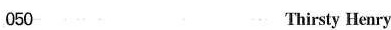
050 Thirsty Henry